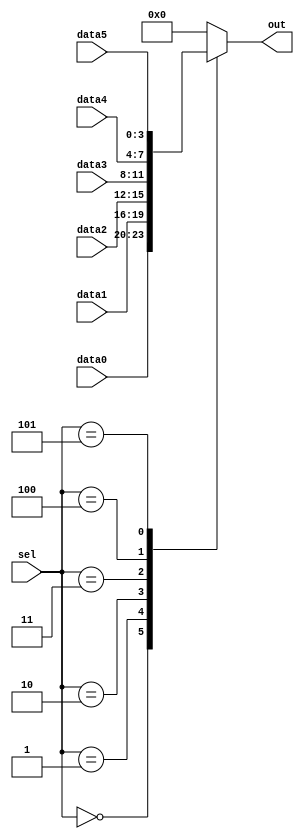
module always_case (
  input [2:0] sel,
  input [3:0] data0,
  input [3:0] data1,
  input [3:0] data2,
  input [3:0] data3,
  input [3:0] data4,
  input [3:0] data5,
  output reg [3:0] out

);

  always @(*) begin
    case (sel)
      3'h0: out = data0;
      3'h1: out = data1;
      3'h2: out = data2;
      3'h3: out = data3;
      3'h4: out = data4;
      3'h5: out = data5;
      default: out = 4'b0;
    endcase
  end

endmodule